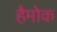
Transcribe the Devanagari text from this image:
हैमोक